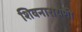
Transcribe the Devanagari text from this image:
शिवनारायणी